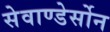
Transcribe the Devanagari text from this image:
सेवाण्डेर्सोन